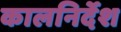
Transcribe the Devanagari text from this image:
कालनिर्देश